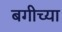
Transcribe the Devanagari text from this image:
बगीच्या